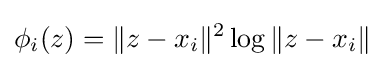
\phi _{i}(z)=\|z-x_{i}\|^{2}\log \|z-x_{i}\|